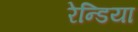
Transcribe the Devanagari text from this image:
रेन्डिया